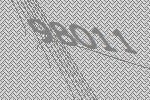
98011